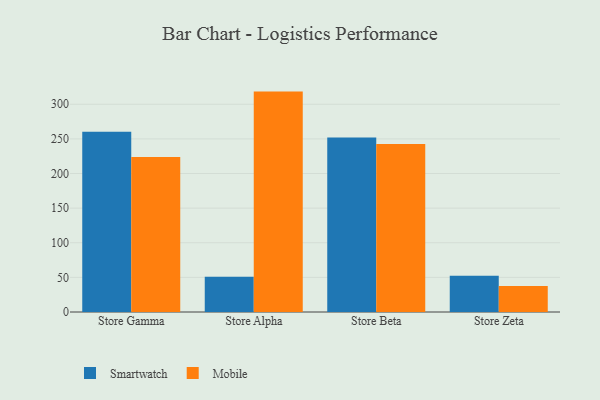
{"axis": {"x": "Store", "y": "Demand Index"}, "legend": ["Mobile", "Smartwatch"], "data": [{"x": "Store Gamma", "y": 260.2, "type": "Smartwatch"}, {"x": "Store Gamma", "y": 223.9, "type": "Mobile"}, {"x": "Store Alpha", "y": 50.9, "type": "Smartwatch"}, {"x": "Store Alpha", "y": 318.3, "type": "Mobile"}, {"x": "Store Beta", "y": 251.9, "type": "Smartwatch"}, {"x": "Store Beta", "y": 242.5, "type": "Mobile"}, {"x": "Store Zeta", "y": 52.3, "type": "Smartwatch"}, {"x": "Store Zeta", "y": 37.7, "type": "Mobile"}]}